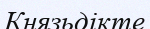
Князьдікте